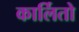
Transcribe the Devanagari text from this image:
कार्लितो